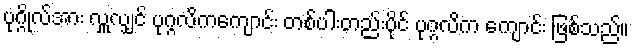
ပုဂ္ဂိုလ်အား လှူလျှင် ပုဂ္ဂလိကကျောင်း တစ်ပါးတည်းပိုင် ပုဂ္ဂလိက ကျောင်း ဖြစ်သည်။